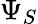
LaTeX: \Psi_{S}